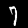
Digit: 7